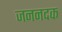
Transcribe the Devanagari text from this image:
जननदक